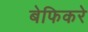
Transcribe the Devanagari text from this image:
बेफिकरे